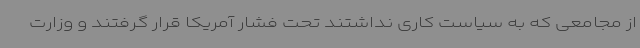
از مجامعی که به سیاست کاری نداشتند تحت فشار آمریکا قرار گرفتند و وزارت